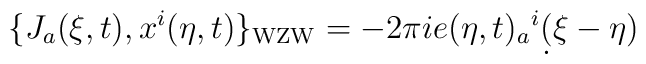
\{J_a(\xi,t), x^i(\eta,t) \}_\mathrm{WZW}= -2\pi ie(\eta,t)_a{}^i\d(\xi-\eta)